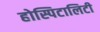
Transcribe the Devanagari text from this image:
होस्पिटालिटी